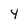
Character: y